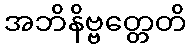
အဘိနိဗ္ဗတ္တေတိ